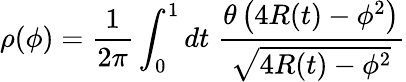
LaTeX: \rho(\phi)=\frac{1}{2\pi}\int_{0}^{1}dt\; \frac{\theta\left(4R(t)-\phi^{2}\right)}{\sqrt{4R(t)-\phi^{2}}}